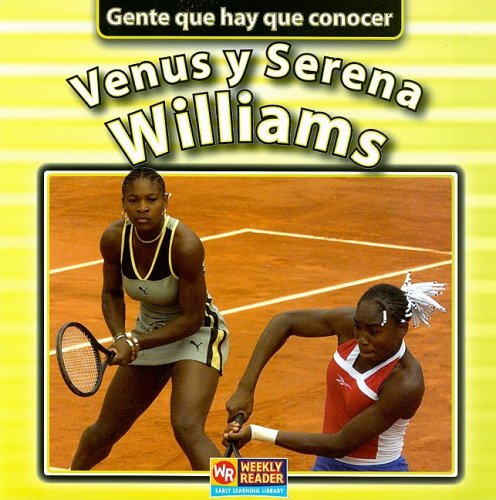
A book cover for Venus Y Serena Williams (Gente Que Hay Que Conocer) (Spanish Edition); Jonatha A. Brown; Children's Books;